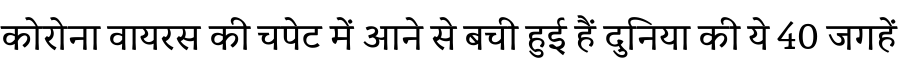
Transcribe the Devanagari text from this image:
कोरोना वायरस की चपेट में आने से बची हुई हैं दुनिया की ये 40 जगहें